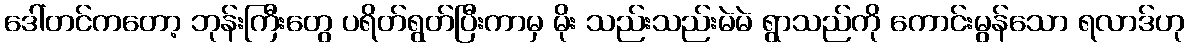
ဒေါ်တင်ကတော့ ဘုန်းကြီးတွေ ပရိတ်ရွတ်ပြီးကာမှ မိုး သည်းသည်းမဲမဲ ရွာသည်ကို ကောင်းမွန်သော ရလာဒ်ဟု